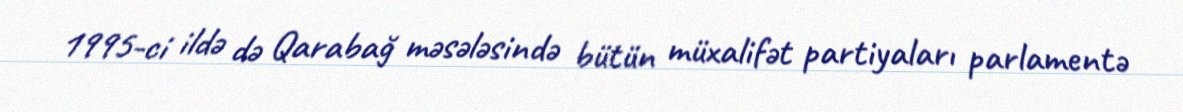
1995-ci ildə də Qarabağ məsələsində bütün müxalifət partiyaları parlamentə